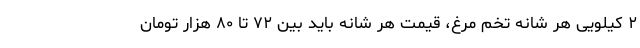
۲ کیلویی هر شانه تخم مرغ، قیمت هر شانه باید بین ۷۲ تا ۸۰ هزار تومان